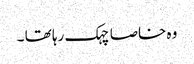
وہ خاصا چہک رہا تھا ۔